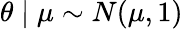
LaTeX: \theta\mid\mu\sim N(\mu,1)